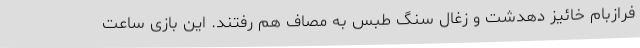
فرازبام خائیز دهدشت و زغال سنگ طبس به مصاف هم رفتند. این بازی ساعت